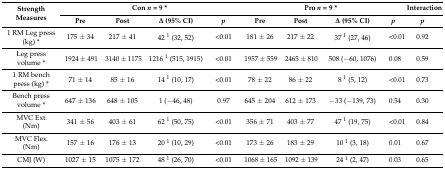
<table><thead><tr><td rowspan="2"><b>Strength Measures</b></td><td colspan="4"><b>Con <i>n</i> = 9 *</b></td><td colspan="4"><b>Pro <i>n</i> = 9 *</b></td><td><b>Interaction</b></td></tr><tr><td><b>Pre</b></td><td><b>Post</b></td><td><b>Δ (95% CI)</b></td><td><b><i>p</i></b></td><td><b>Pre</b></td><td><b>Post</b></td><td><b>Δ (95% CI)</b></td><td><b><i>p</i></b></td><td><b><i>p</i></b></td></tr></thead><tbody><tr><td>1 RM Leg press (kg) * </td><td>175 ± 34</td><td>217 ± 41</td><td>42 <sup>1</sup> (32, 52)</td><td>&lt;0.01</td><td>181 ± 26</td><td>217 ± 22</td><td>37 <sup>1</sup> (27, 46)</td><td>&lt;0.01</td><td>0.92</td></tr><tr><td>Leg press volume * </td><td>1924 ± 491</td><td>3140 ± 1175</td><td>1216 <sup>1</sup> (515, 1915)</td><td>&lt;0.01</td><td>1957 ± 559</td><td>2465 ± 810</td><td>508 (−60, 1076)</td><td>0.08</td><td>0.59</td></tr><tr><td>1 RM bench press (kg) *</td><td>71 ± 14</td><td>85 ± 16</td><td>14 <sup>1</sup> (10, 17)</td><td>&lt;0.01</td><td>78 ± 22</td><td>86 ± 22</td><td>8 <sup>1</sup> (5, 12)</td><td>&lt;0.01</td><td>0.73</td></tr><tr><td>Bench press volume * </td><td>647 ± 136</td><td>648 ± 105</td><td>1 (−46, 48)</td><td>0.97</td><td>645 ± 204</td><td>612 ± 173</td><td>−33 (−139, 73)</td><td>0.54</td><td>0.30</td></tr><tr><td>MVC Ext. (Nm)</td><td>341 ± 56</td><td>403 ± 61</td><td>62 <sup>1</sup> (50, 75)</td><td>&lt;0.01</td><td>356 ± 71</td><td>403 ± 77</td><td>47 <sup>1</sup> (19, 75)</td><td>&lt;0.01</td><td>0.84</td></tr><tr><td>MVC Flex. (Nm)</td><td>157 ± 16</td><td>176 ± 13</td><td>20 <sup>1</sup> (10, 29)</td><td>&lt;0.01</td><td>173 ± 26</td><td>183 ± 29</td><td>10 <sup>1</sup> (3, 18)</td><td>0.01</td><td>0.67</td></tr><tr><td>CMJ (W)</td><td>1027 ± 15</td><td>1075 ± 172</td><td>48 <sup>1</sup> (26, 70)</td><td>&lt;0.01</td><td>1068 ± 165</td><td>1092 ± 139</td><td>24 <sup>1</sup> (2, 47)</td><td>0.03</td><td>0.65</td></tr></tbody></table>